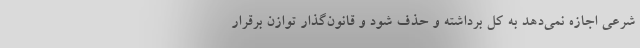
شرعی اجازه نمی‌دهد به کل برداشته و حذف شود و قانون‌گذار توازن برقرار